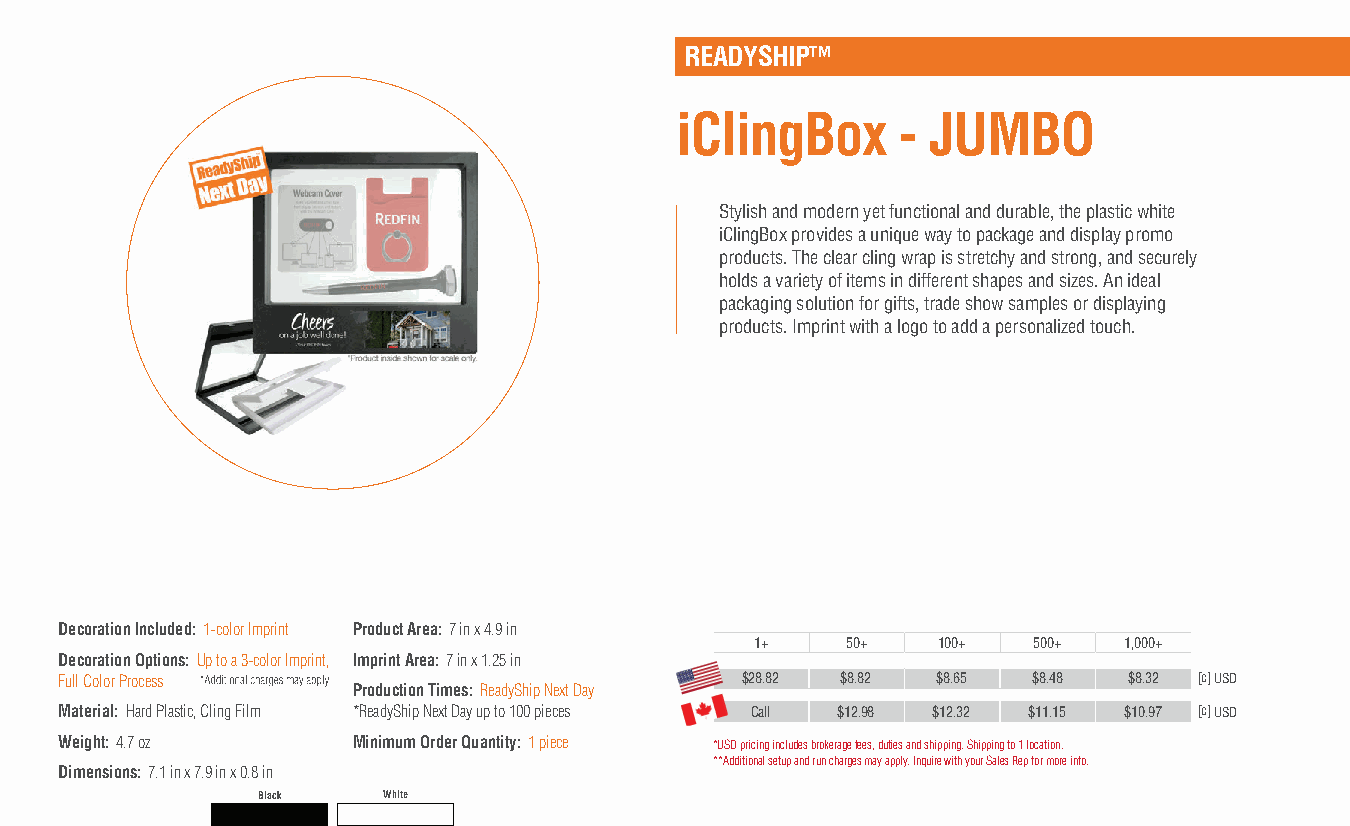
READYSHIP™
 iClingBox      - JUMBO
 Stylish and modern yet functional and durable, the plastic white
 iClingBox provides a unique way to package and display promo
 products. The clear cling wrap is stretchy and strong, and securely
 holds a variety of items in different shapes and sizes. An ideal
 packaging solution for gifts, trade show samples or displaying
 products. Imprint with a logo to add a personalized touch.
 Decoration Included: 1-color Imprint Product Area: 7 in x 4.9 in
 1+    50+   100+  500+  1,000+
 Decoration Options: Up to a 3-color Imprint, Imprint Area: 7 in x 1.25 in
 Full Color Process                           $28.82 $8.82 $8.65 $8.48  $8.32 [c] USD
 Production Times: ReadyShip Next Day
 Material: Hard Plastic, Cling Film *ReadyShip Next Day up to 100 pieces Call $12.98 $12.32 $11.15 $10.97 [c] USD
 Weight: 4.7 oz     Minimum Order Quantity: 1 piece *USD pricing includes brokerage fees, duties and shipping. Shipping to 1 location.
 **Additional setup and run charges may apply. Inquire with your Sales Rep for more info.
 Dimensions: 7.1 in x 7.9 in x 0.8 in
 Black   White